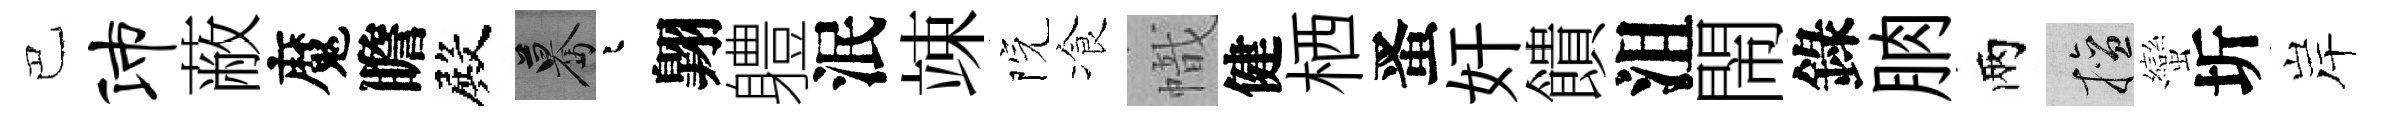
巴沛蔽魔瞻殿驀迢翺軆泯竦院飡幟健栖󱉠奸饋沮閙錄朒兩擅蠻圻岸